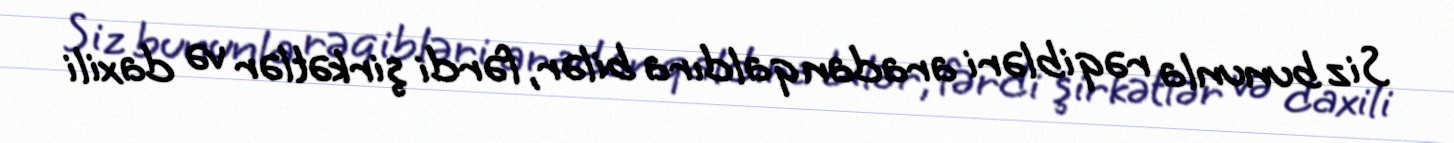
Siz bununla rəqibləri aradan qaldıra bilər, fərdi şirkətlər və daxili